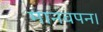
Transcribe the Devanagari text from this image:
मानवपन।